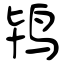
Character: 鸨